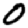
Digit: 0